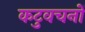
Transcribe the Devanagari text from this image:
कटुवचनों